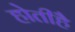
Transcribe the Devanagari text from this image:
होतीहै